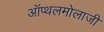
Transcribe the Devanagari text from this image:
ऑप्थलमोलाजी